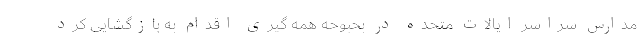
مدارس سراسر ایالات متحده در بحبوحه همه گیری اقدام به بازگشایی کرد